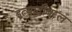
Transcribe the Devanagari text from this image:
इत्यादीबद्दल